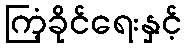
ကြံ့ခိုင်ရေးနှင့်